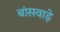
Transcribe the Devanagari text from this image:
बांसवाड़े